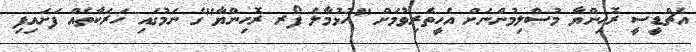
އެޗްޑީސީ ރޮހިންޔާ މުސްލިމުންނަށް އެހީތެރިވުމަށް "ހުޅުމާލެ ފޯރ ރޮހިންޔާ"ގެ ނަމުގައި ހަރަކާތެއް ފަށައިފި